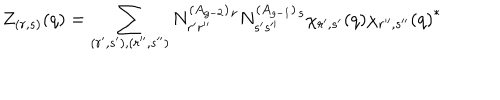
Z _ { ( r , s ) } ( q ) = \sum _ { ( r ^ { \prime } , s ^ { \prime } ) , ( r ^ { \prime \prime } , s ^ { \prime \prime } ) } N _ { r ^ { \prime } r ^ { \prime \prime } } ^ { ( A _ { g - 2 } ) } { } ^ { r } N _ { s ^ { \prime } s ^ { \prime \prime } } ^ { ( A _ { g - 1 } ) } { } ^ { s } \chi _ { r ^ { \prime } , s ^ { \prime } } ( q ) { \chi _ { r ^ { \prime \prime } , s ^ { \prime \prime } } ( q ) } ^ { * }